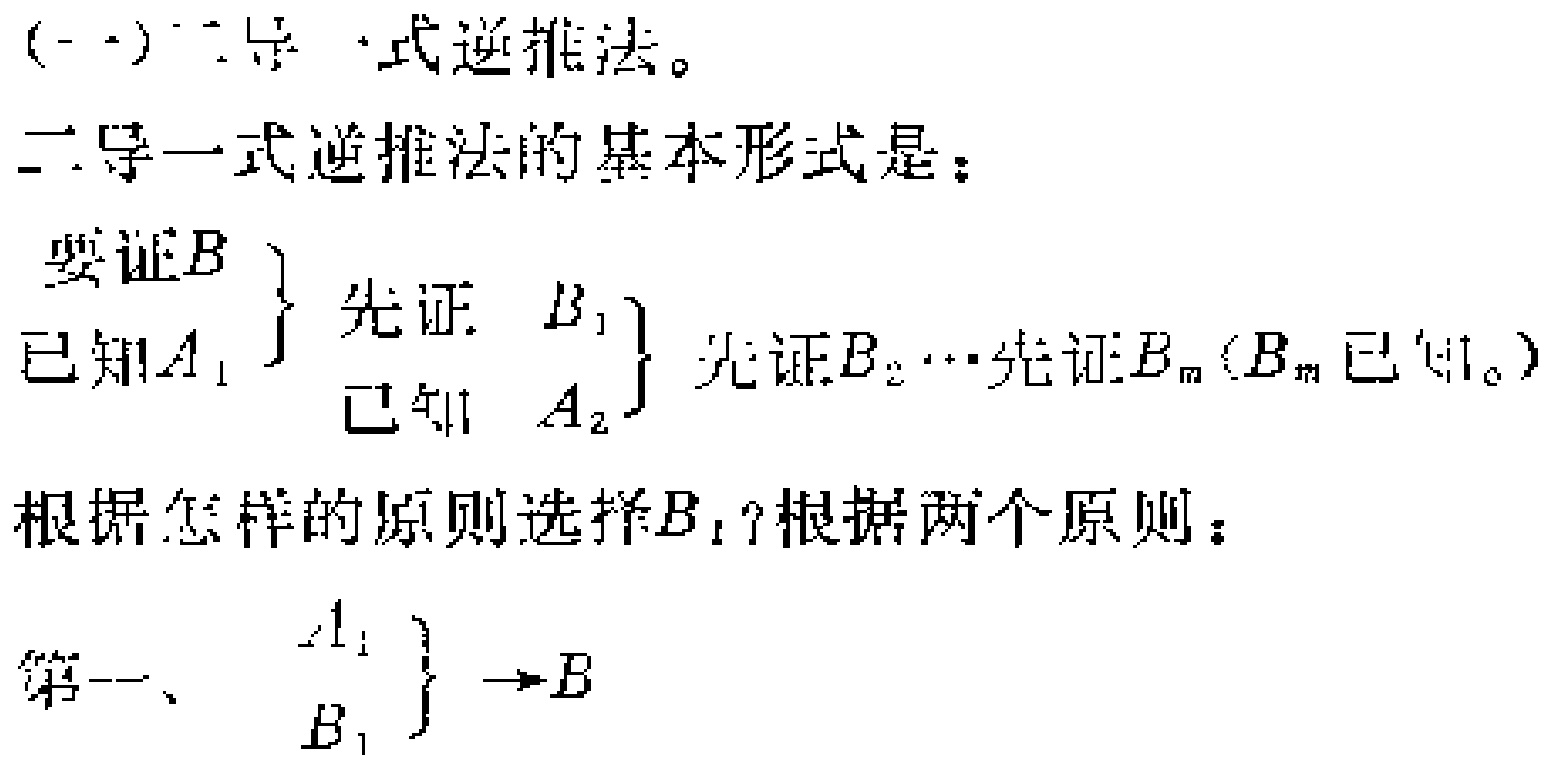
(-) 二导一式逆推法。

二导一式逆推法的基本形式是：

要证\(B\)

已知\(A_1\)

\left.\begin{array}{l}

\text{先证 } B_1\\

\text{已知 } A_2

\end{array}\right\}

\text{先证}B_2\cdots\text{先证}B_m (B_m \text{ 已知})

根据怎样的原则选择\(B_1\)？根据两个原则：

第一、\(\left.\begin{array}{l}

A_1\\

B_1

\end{array}\right\} \to B\)